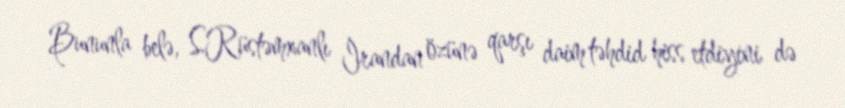
Bununla belə, S.Rüstəmxanlı İrandan özünə qarşı daim təhdid hiss etdiyini də